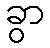
ခွာ